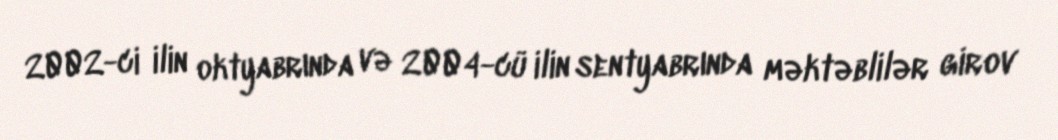
2002-ci ilin oktyabrında və 2004-cü ilin sentyabrında məktəblilər girov